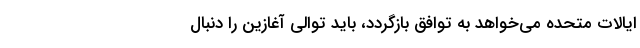
ایالات متحده می‌خواهد به توافق بازگردد، باید توالی آغازین را دنبال